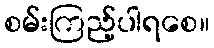
စမ်းကြည့်ပါရစေ။